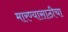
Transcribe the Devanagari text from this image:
मारण्यासाठीचा